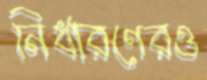
নির্ধারণেরও